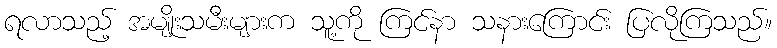
ရလာသည့် အမျိုးသမီးများက သူ့ကို ကြင်နာ သနားကြောင်း ပြလိုကြသည်။